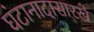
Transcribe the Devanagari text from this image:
घंटानादासारखे